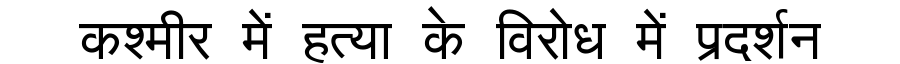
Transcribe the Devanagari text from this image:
कश्मीर में हत्या के विरोध में प्रदर्शन